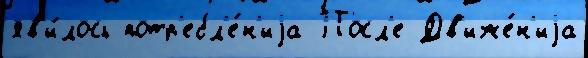
яв'и́лось потр'ебл'е́н'иjа Посл'е Дв'иже́н'иjа